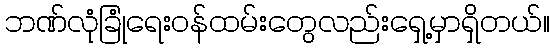
ဘဏ်လုံခြုံရေးဝန်ထမ်းတွေလည်းရှေ့မှာရှိတယ်။